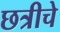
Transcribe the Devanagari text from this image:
छत्रीचे